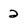
Character: 2